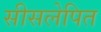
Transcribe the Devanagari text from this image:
सीसलेपित